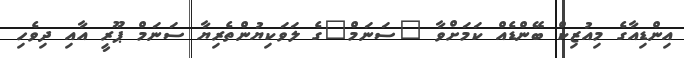
އިންޑިއާގެ މިއުޒިކް ބޭންޑެއް ކަމަށްވާ "ސަނަމް"ގެ ލަވަކިޔުންތެރިޔާ ސަނަމް ޕޫރީ އާއި ދިވެހި